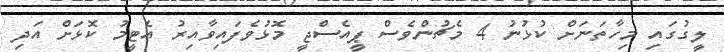
ލީގުގައި މިހާތަނަށް ކުޅުނު 4 މެޗުންވެސް ޕީއެސްޖީ މޮޅުވެފައިވާއިރު އެޓީމު ކޮޅަށް އަދި